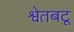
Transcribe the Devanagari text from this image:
श्वेतबटू